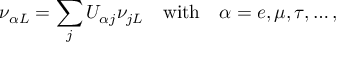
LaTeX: \nu _ { \alpha L } = \sum _ { j } U _ { \alpha j } \nu _ { j L } \quad \mathrm { w i t h } \quad \alpha = e , \mu , \tau , \ldots ,